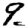
Digit: 9